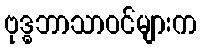
ဗုဒ္ဓဘာသာဝင်များက